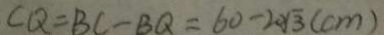
C Q = B C - B Q = 6 0 - 2 0 \sqrt { 3 } ( c m )